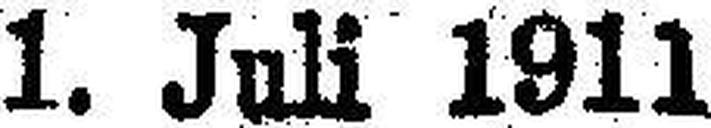
1. Juli 1911